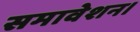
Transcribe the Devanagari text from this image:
समावेशन।